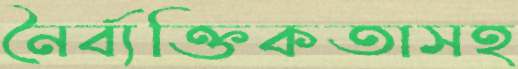
নৈর্ব্যক্তিকতাসহ